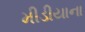
મીડીયાના